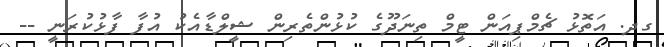
ގދ. އަތޮޅު ޗެމްޕިއަން ޓީމް ތިނަދޫގެ ކުޅުންތެރިން ޝީލްޑާއެކު އުފާ ފާޅުކުރަނީ --